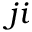
j i